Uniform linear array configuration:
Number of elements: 16
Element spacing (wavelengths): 0.75
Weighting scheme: cosine
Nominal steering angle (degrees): -30
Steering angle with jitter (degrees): -29.133
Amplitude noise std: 0.05
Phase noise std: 0.05

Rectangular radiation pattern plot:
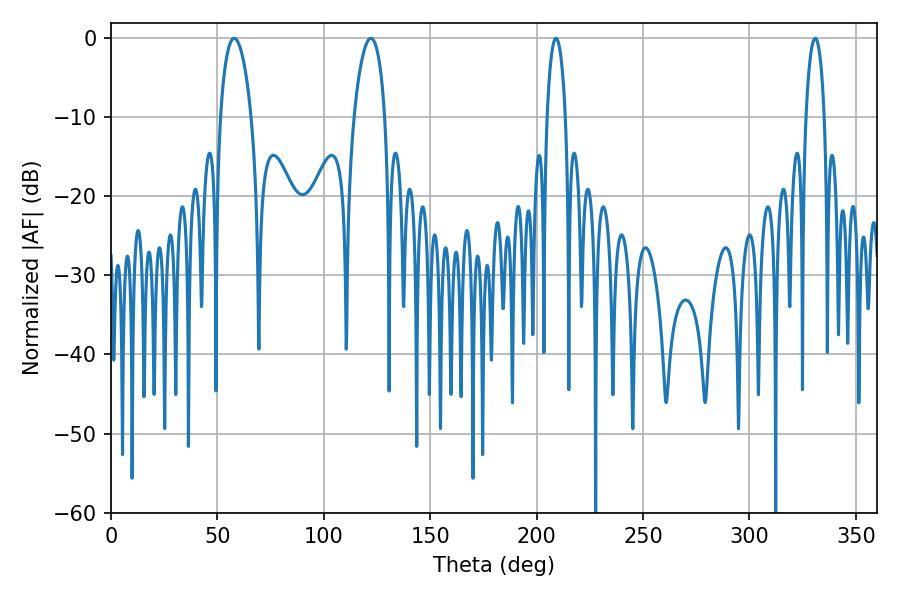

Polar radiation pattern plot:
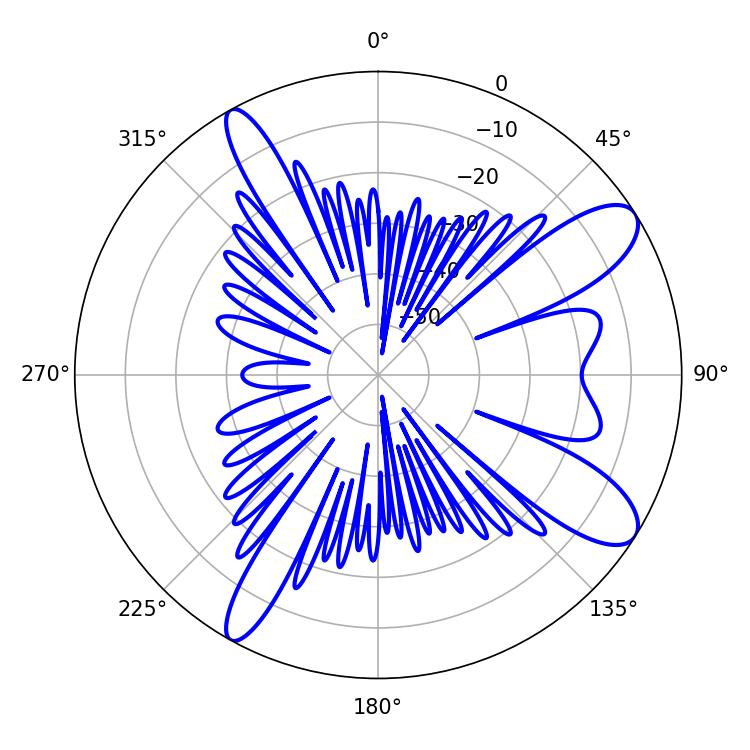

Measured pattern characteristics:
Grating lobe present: TRUE
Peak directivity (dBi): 10.45
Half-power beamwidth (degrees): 8.28
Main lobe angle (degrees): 57.96